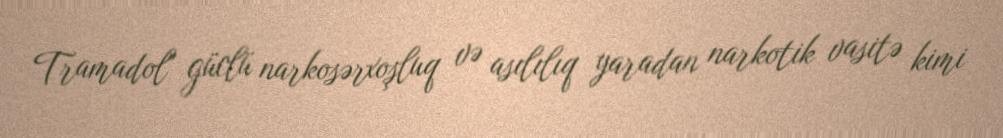
Tramadol" güclü narkosərxoşluq və asılılıq yaradan narkotik vasitə kimi